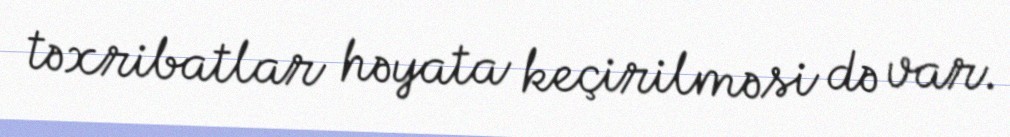
təxribatlar həyata keçirilməsi də var.